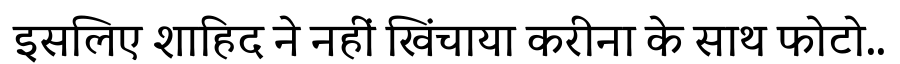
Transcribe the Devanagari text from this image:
इसलिए शाहिद ने नहीं खिंचाया करीना के साथ फोटो..